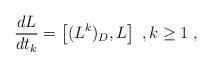
LaTeX: \begin{align*} \frac{d L}{d t_{k}} = \left[ (L^{k})_{D} , L \right]\; , k \geq 1 \; ,\end{align*}